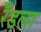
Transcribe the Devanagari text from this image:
रँडला